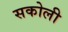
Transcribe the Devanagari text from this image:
सकोली